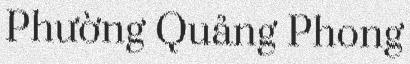
Phường Quảng Phong